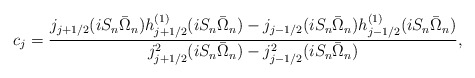
\begin{align*}c_j={{j_{j+1/2}(i S_n \bar{\Omega}_n) h_{j+1/2}^{(1)}(i S_n \bar{\Omega}_n)- j_{j-1/2}(i S_n \bar{\Omega}_n) h_{j-1/2}^{(1)}(i S_n \bar{\Omega}_n)}\over{j_{j+1/2}^2(i S_n \bar{\Omega}_n) -j_{j-1/2}^2(i S_n \bar{\Omega}_n)}},\end{align*}